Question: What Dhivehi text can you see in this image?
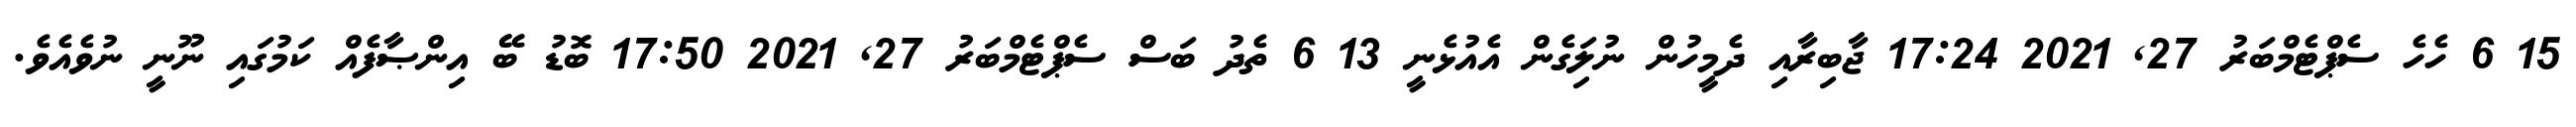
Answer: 15 6 ހެހެ ސެޕްޓެމްބަރު 27, 2021 17:24 ޖާބިރާއި ދެމީހުން ނުލަިގެން އެއުޅެނީ 13 6 ތެދު ބަސް ސެޕްޓެމްބަރު 27, 2021 17:50 ބޮޑު ބޭ އިންޞާފެއް ކަމުގައި ނޫނީ ނުވެއެވެ.